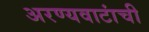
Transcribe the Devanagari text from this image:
अरण्यवाटांची